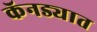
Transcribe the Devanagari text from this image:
कॅनड्यात